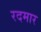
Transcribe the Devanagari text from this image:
रदमार